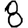
Digit: 8